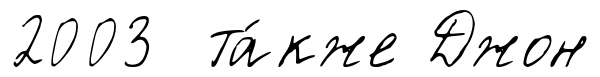
2003 та́кже Джон